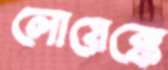
লোয়েক্কে